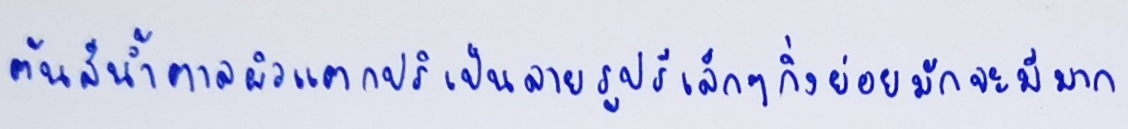
ต้นสีน้ำตาลผิวแตกปริเป็นลายรูปรีเล็กๆกิ่งย่อยมักจะมีมาก